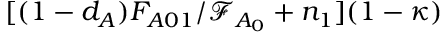
[ ( 1 - d _ { A } ) F _ { A 0 1 } / \mathcal { F } _ { A _ { 0 } } + n _ { 1 } ] ( 1 - \kappa )